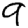
Digit: 9